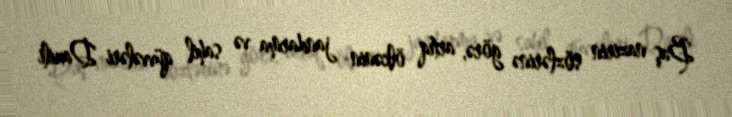
Baş nazirin sözlərinə görə, artıq ölkənin jandarma və sahil qüvvələri Daxili